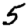
Digit: 5